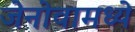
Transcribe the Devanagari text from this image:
जेनोवामध्ये